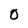
Character: O